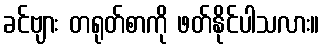
ခင်ဗျား တရုတ်စာကို ဖတ်နိုင်ပါသလား။